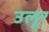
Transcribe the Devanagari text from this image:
उलूर